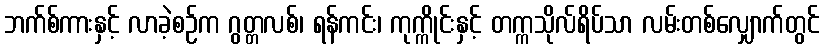
ဘက်စ်ကားနှင့် လာခဲ့စဉ်က ဂွတ္တလစ်၊ ရန်ကင်း၊ ကုက္ကိုင်းနှင့် တက္ကသိုလ်ရိပ်သာ လမ်းတစ်လျှောက်တွင်